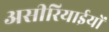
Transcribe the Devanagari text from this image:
असीरियाईयों